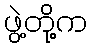
ဖွဲ့တို့က